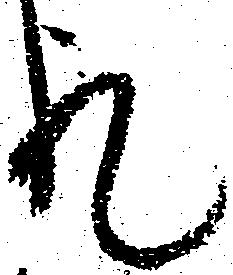
礼